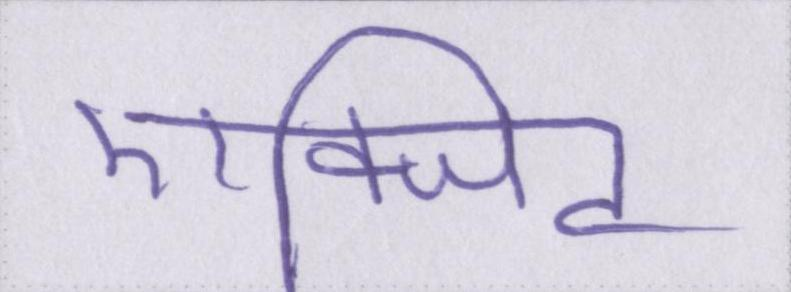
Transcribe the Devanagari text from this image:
एक्जिट